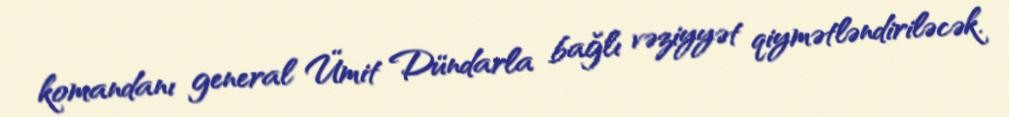
komandanı general Ümit Dündarla bağlı vəziyyət qiymətləndiriləcək.